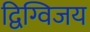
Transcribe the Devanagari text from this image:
द्विग्विजय